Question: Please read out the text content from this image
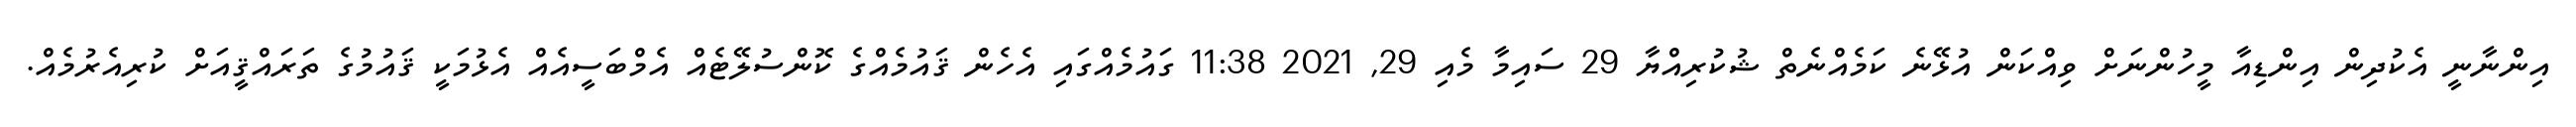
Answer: އިންނާނީ އެކުދިން އިންޑިއާ މީހުންނަށް ވިއްކަން އުޅޭނެ ކަމެއްނެތް ޝުކުރިއްޔާ 29 ސައިމާ މެއި 29, 2021 11:38 ގައުމެއްގައި އެހެން ޤައުމެއްގެ ކޮންސުލޭޓެއް އެމްބަސީއެއް އެޅުމަކީ ޤައުމުގެ ތަރައްޤީއަށް ކުރިއެރުމެއް.